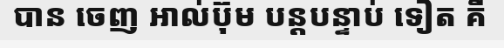
បាន ចេញ អាល់ប៊ុម បន្តបន្ទាប់ ទៀត គឺ